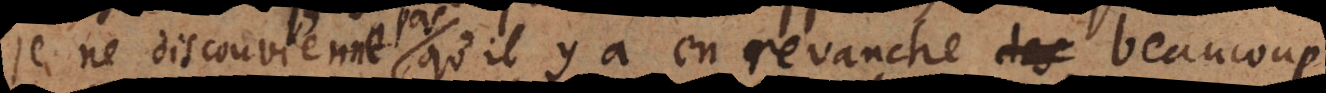
je ne disconvienne pas qu’il y a en revanche beaucoup